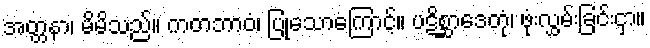
အတ္တနာ၊ မိမိသည်။ ကတဘာဝံ၊ ပြုသောကြောင့်။ ပဋိစ္ဆာဒေတုံ၊ ဖုံးလွှမ်းခြင်းငှာ။